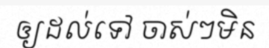
ឲ្យដល់ទៅ ចាស់ៗមិន